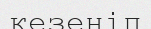
кезеніп